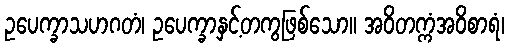
ဥပေက္ခာသဟဂတံ၊ ဥပေက္ခာနှင့်တကွဖြစ်သော။ အဝိတက္ကံအဝိစာရံ၊